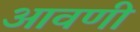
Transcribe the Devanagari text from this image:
आवणी